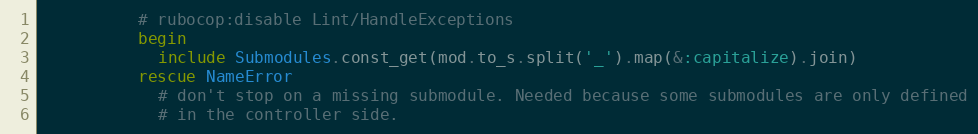
Language: Ruby
          # rubocop:disable Lint/HandleExceptions
          begin
            include Submodules.const_get(mod.to_s.split('_').map(&:capitalize).join)
          rescue NameError
            # don't stop on a missing submodule. Needed because some submodules are only defined
            # in the controller side.